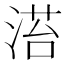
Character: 𣹓